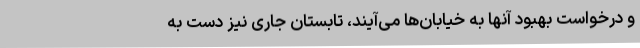
و درخواست بهبود آنها به خیابان‌ها می‌آیند، تابستان جاری نیز دست به